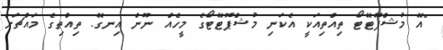
"އޭ މުޝްޕޮޓޭޓޯ ތިއްތިއަކީ އެކަނި މުޝްޕޮޓޭޓޯގެ މީހެއް ނޫން އިނގޭ. ތިއްތިގެ މައްޗަށް